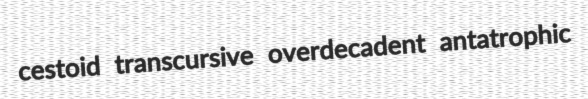
cestoid transcursive overdecadent antatrophic